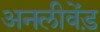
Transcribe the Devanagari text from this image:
अनलीवेंड़